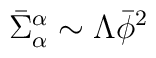
\bar{\Sigma}^{\alpha}_{\alpha } \sim \Lambda  \bar{\phi}^2